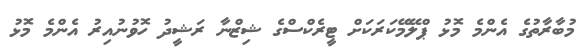
މުބާރާތުގެ އެންމެ މޮޅު ޕްލޭމޭކަރަކަށް ޓީރެކްސްގެ ޝިޒްނާ ރަޝީދު ހޮވުނުއިރު އެންމެ މޮޅު